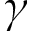
\gamma